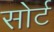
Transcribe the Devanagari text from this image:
सोर्ट